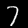
Label: 7